Indian journal of veterinary science and animal husbandry - Volume 5,
Year: 1935
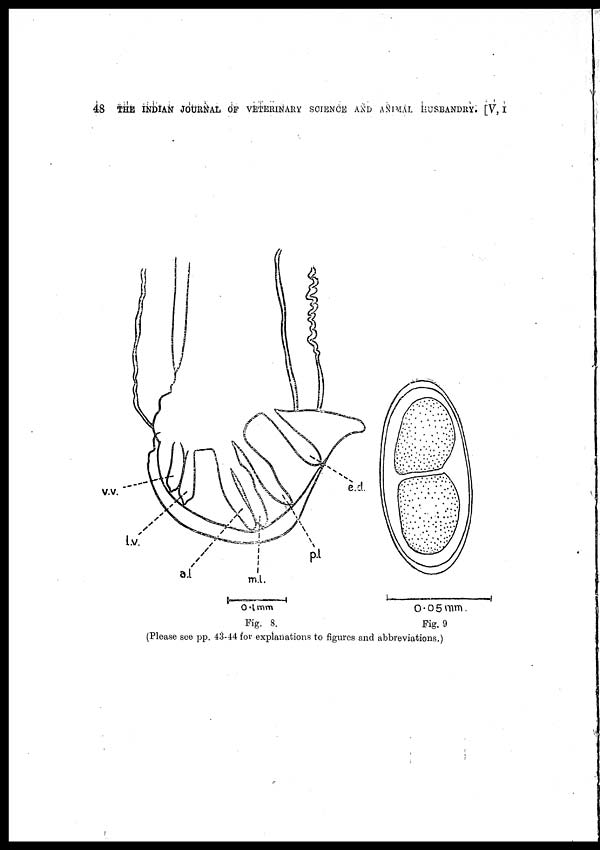
48 THE INDIAN JOURNAL OF VETERINARY SCIENCE AND ANIMAL HUSBANDRY. [V, I
Fig. 8.
Fig. 9
(Please see pp. 43-44 for explanations to figures and abbreviations.)